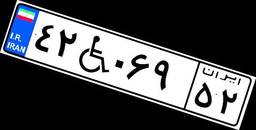
۴۲W۰۶۹۵۲